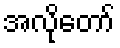
အလိုတော်